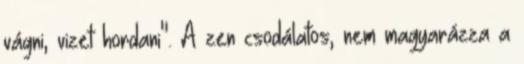
vágni, vizet hordani". A zen csodálatos, nem magyarázza a